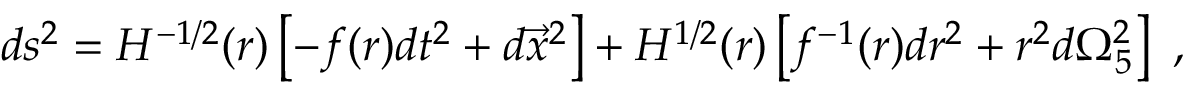
d s ^ { 2 } = H ^ { - 1 / 2 } ( r ) \left[ - f ( r ) d t ^ { 2 } + d \vec { x } ^ { 2 } \right] + H ^ { 1 / 2 } ( r ) \left[ f ^ { - 1 } ( r ) d r ^ { 2 } + r ^ { 2 } d \Omega _ { 5 } ^ { 2 } \right] \ ,